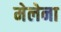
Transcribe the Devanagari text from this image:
मेलेना